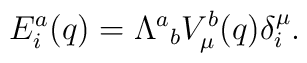
E_i^a(q)={\Lambda^a}_b V^b_\mu(q)\delta^\mu_i.